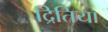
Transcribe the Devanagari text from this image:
द्रितिया